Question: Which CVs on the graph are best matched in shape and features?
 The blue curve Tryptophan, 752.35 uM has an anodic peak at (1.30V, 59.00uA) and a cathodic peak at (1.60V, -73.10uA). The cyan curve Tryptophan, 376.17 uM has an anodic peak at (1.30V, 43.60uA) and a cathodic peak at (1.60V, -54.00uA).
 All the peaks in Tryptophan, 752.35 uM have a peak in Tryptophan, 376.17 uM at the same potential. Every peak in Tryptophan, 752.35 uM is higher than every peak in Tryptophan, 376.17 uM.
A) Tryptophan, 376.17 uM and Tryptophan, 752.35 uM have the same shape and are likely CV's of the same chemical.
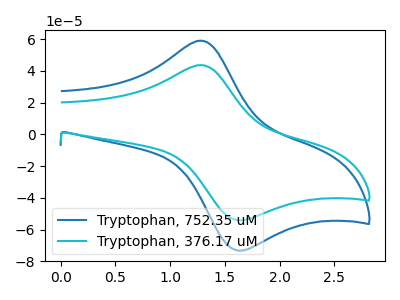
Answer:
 <answer>A) "Tryptophan, 376.17 uM" and "Tryptophan, 752.35 uM" have the same shape and are likely CV's of the same chemical.</answer>
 <eval>A</eval>